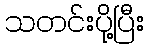
သတင်းပို့ပြီး